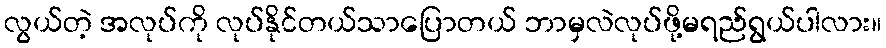
လွယ်တဲ့ အလုပ်ကို လုပ်နိုင်တယ်သာပြောတယ် ဘာမှလဲလုပ်ဖို့မရည်ရွယ်ပါလား။